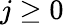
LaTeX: j\ge 0